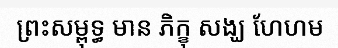
ព្រះសម្ពុទ្ធ មាន ភិក្ខុ សង្ឃ ហែហម